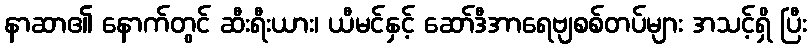
နာဆာ၏ နောက်တွင် ဆီးရီးယား၊ ယီမင်နှင့် ဆော်ဒီအာရေဗျစစ်တပ်များ အသင့်ရှိ ပြီး